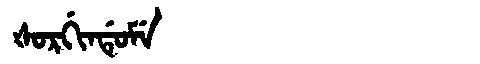
Manchu: ᡧᠣᡵᡤᡳᠨᡩᡠᠮᡝ
Romanization: ŠORGINDUME